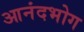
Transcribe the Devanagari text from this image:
आनंदभोग